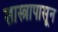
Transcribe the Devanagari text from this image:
शास्त्रापासून